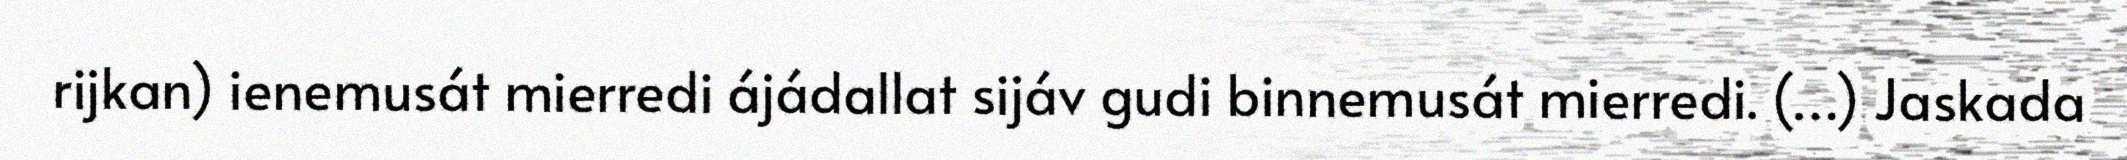
rijkan) ienemusát mierredi ájádallat sijáv gudi binnemusát mierredi. (…) Jaskada